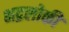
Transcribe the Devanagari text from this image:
भद्रलोकी